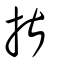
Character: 揕